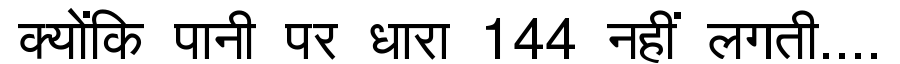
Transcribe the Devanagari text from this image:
क्योंकि पानी पर धारा 144 नहीं लगती....